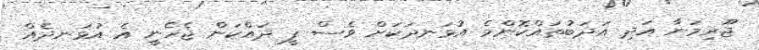
ޖޫރިމަނާ އަދި އަދަބުތައްކޮންމެ އުޅަނދަކަށް ވެސް ފީ ދައްކަން ޖެހެނީ އެ އުޅަނދެއް